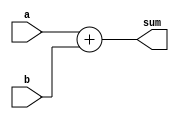
/*************** Microarchiture Project******************/
/********************************************************/
/* Module: N-bit adder                                  */
/********************************************************/

module adderNbit (a, b, sum);
parameter N=3;

input  [N-1:0] a,b;
output [N-1:0] sum;

assign sum = a+b;

endmodule